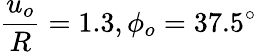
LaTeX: \frac{u_{o}}{R}=1.3,\phi_{o}=37.5^{\circ}